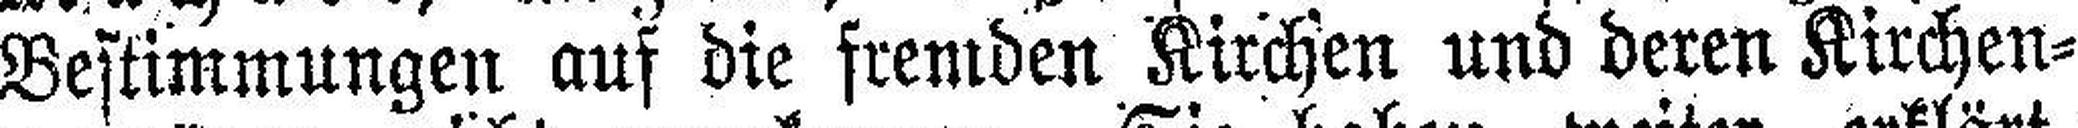
Bestimmungen auf die fremden Kirchen und deren Kirchen¬